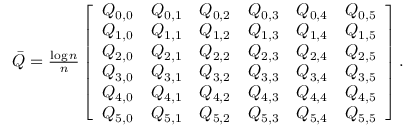
\begin{array} { r } { \bar { Q } = \frac { \log n } { n } \left[ \begin{array} { l l l l l l } { Q _ { 0 , 0 } } & { Q _ { 0 , 1 } } & { Q _ { 0 , 2 } } & { Q _ { 0 , 3 } } & { Q _ { 0 , 4 } } & { Q _ { 0 , 5 } } \\ { Q _ { 1 , 0 } } & { Q _ { 1 , 1 } } & { Q _ { 1 , 2 } } & { Q _ { 1 , 3 } } & { Q _ { 1 , 4 } } & { Q _ { 1 , 5 } } \\ { Q _ { 2 , 0 } } & { Q _ { 2 , 1 } } & { Q _ { 2 , 2 } } & { Q _ { 2 , 3 } } & { Q _ { 2 , 4 } } & { Q _ { 2 , 5 } } \\ { Q _ { 3 , 0 } } & { Q _ { 3 , 1 } } & { Q _ { 3 , 2 } } & { Q _ { 3 , 3 } } & { Q _ { 3 , 4 } } & { Q _ { 3 , 5 } } \\ { Q _ { 4 , 0 } } & { Q _ { 4 , 1 } } & { Q _ { 4 , 2 } } & { Q _ { 4 , 3 } } & { Q _ { 4 , 4 } } & { Q _ { 4 , 5 } } \\ { Q _ { 5 , 0 } } & { Q _ { 5 , 1 } } & { Q _ { 5 , 2 } } & { Q _ { 5 , 3 } } & { Q _ { 5 , 4 } } & { Q _ { 5 , 5 } } \end{array} \right] . } \end{array}